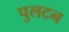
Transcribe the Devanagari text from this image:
पुलटन